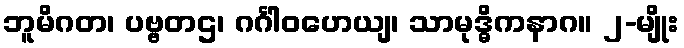
ဘူမိဂတ၊ ပဗ္ဗတဌ၊ ဂင်္ဂါဝဟေယျ၊ သာမုဒ္ဓိကနာဂ။ ၂-မျိုး